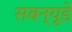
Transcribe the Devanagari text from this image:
सबन्यूडे